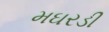
મઘરડી